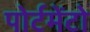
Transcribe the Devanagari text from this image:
पोर्टमेंटो